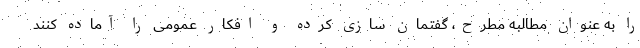
را به عنوان مطالبه مطرح، گفتمان سازی کرده و افکار عمومی را آماده کنند